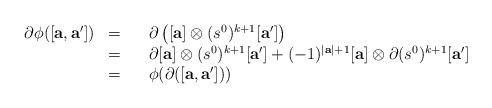
\begin{align*}\begin{array}{lllll}\partial\phi([\mathbf{a}, \mathbf{a'}])&=&&\partial\left([\mathbf{a}]\otimes (s^0)^{k+1}[\mathbf{a'}]\right)\\&=&&\partial[\mathbf{a}]\otimes (s^0)^{k+1}[\mathbf{a'}] + (-1)^{|\mathbf a|+1}[\mathbf{a}]\otimes \partial (s^0)^{k+1}[\mathbf{a'}] \\ &=&&\phi(\partial([\mathbf{a}, \mathbf{a'}]))\\\end{array}\end{align*}